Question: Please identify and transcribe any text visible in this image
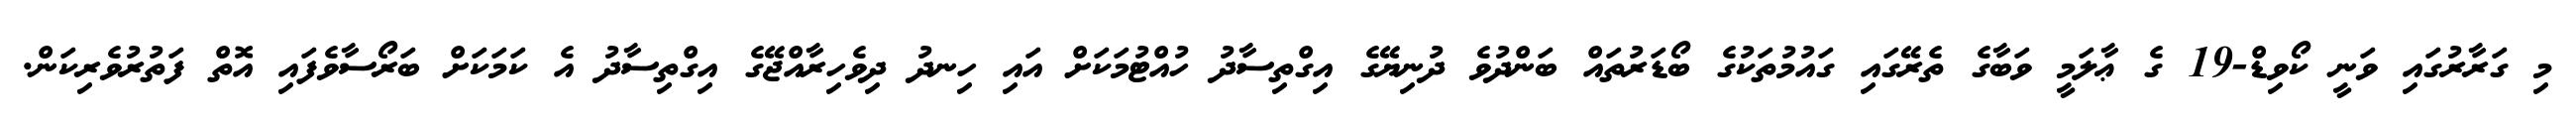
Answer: މި ގަރާރުގައި ވަނީ ކޯވިޑް-19 ގެ ޢާލަމީ ވަބާގެ ތެރޭގައި ގައުމުތަކުގެ ބޯޑަރުތައް ބަންދުވެ ދުނިޔޭގެ އިގްތިސާދު ހުއްޓުމަކަށް އައި ހިނދު ދިވެހިރާއްޖޭގެ އިގްތިސާދު އެ ކަމަކަށް ބަރޯސާވެފައި އޮތް ފަތުރުވެރިކަން.